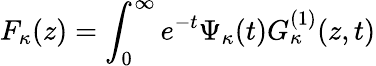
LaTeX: F_{\kappa}(z)=\int_{0}^{\infty}e^{-t}\Psi_{\kappa}(t)G_{\kappa}^{(1)}(z,t)